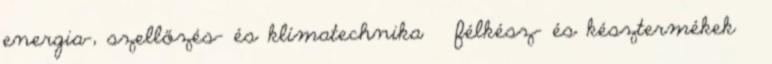
energia-, szellőzés- és klímatechnika · félkész- és késztermékek ·